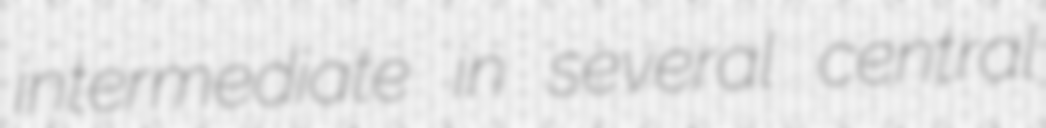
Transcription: intermediate in several central